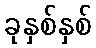
ခုနှစ်နှစ်